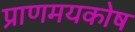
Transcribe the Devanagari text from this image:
प्राणमयकोष